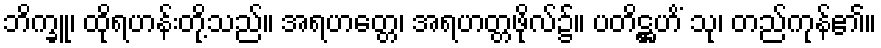
ဘိက္ခူ၊ ထိုရဟန်းတို့သည်။ အရဟတ္တေ၊ အရဟတ္တဖိုလ်၌။ ပတိဋ္ဌဟိံ သု၊ တည်ကုန်၏။